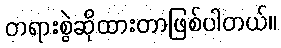
တရားစွဲဆိုထားတာဖြစ်ပါတယ်။